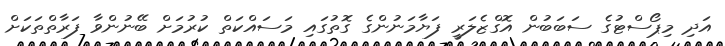
އަދި މިޕޯސްޓުގެ ސަބަބުން އޮގްޒެލަރީ ފަޔާމަނުންގެ ގޮތުގައި މަސައްކަތް ކުރުމަށް ބޭނުންވާ ފަރާތްތަކަށް